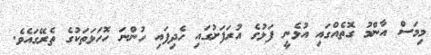
މިމަސް އާންމު ގޮތެއްގައި އުޅެނީ ފަޅުގެ އުރަފަށުގައި ހެދިފައި ހުންނަ ހޮހަޅަތަކުގެ ތެރޭގައެވެ.